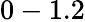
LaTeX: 0-1.2